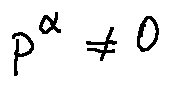
p ^ { \alpha } \neq 0